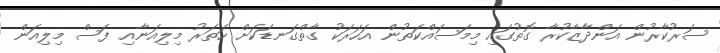
ސަރުކާރުން އަންދާޒާކުރާ ގޮތުގައި މިމަސައްކަތުން އަހަރަކު ގާތްގަނޑަކަށް ހަތަރު މިލިއަނާއި ފަސް މިލިއަން